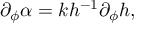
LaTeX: \partial _ { \phi } \alpha = k h ^ { - 1 } \partial _ { \phi } h ,